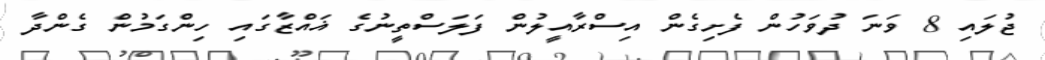
ޖުލައި 8 ވަނަ ދުވަހުން ފެށިގެން އިސްރާއީލުން ފަލަސްތީނުގެ ޣައްޒާގައި ހިންގަމުން ގެންދާ